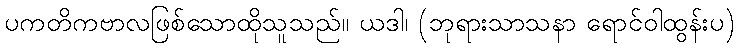
ပကတိကဗာလဖြစ်သောထိုသူသည်။ ယဒါ၊ (ဘုရားသာသနာ ရောင်ဝါထွန်းပ)